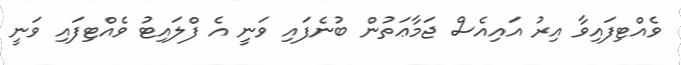
ވެއްޓިފައިވާ އިރު އައިއެސް ޖަމާޢަތުން ބުނެފައި ވަނީ އެ ފްލައިޓު ވެއްޓިފައި ވަނީ